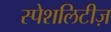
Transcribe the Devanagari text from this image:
स्पेशलिटीज़